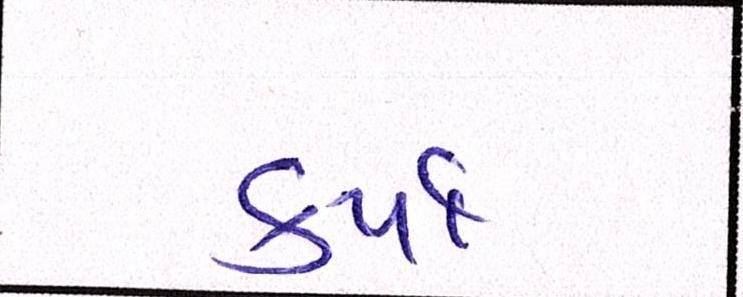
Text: કર્યાં